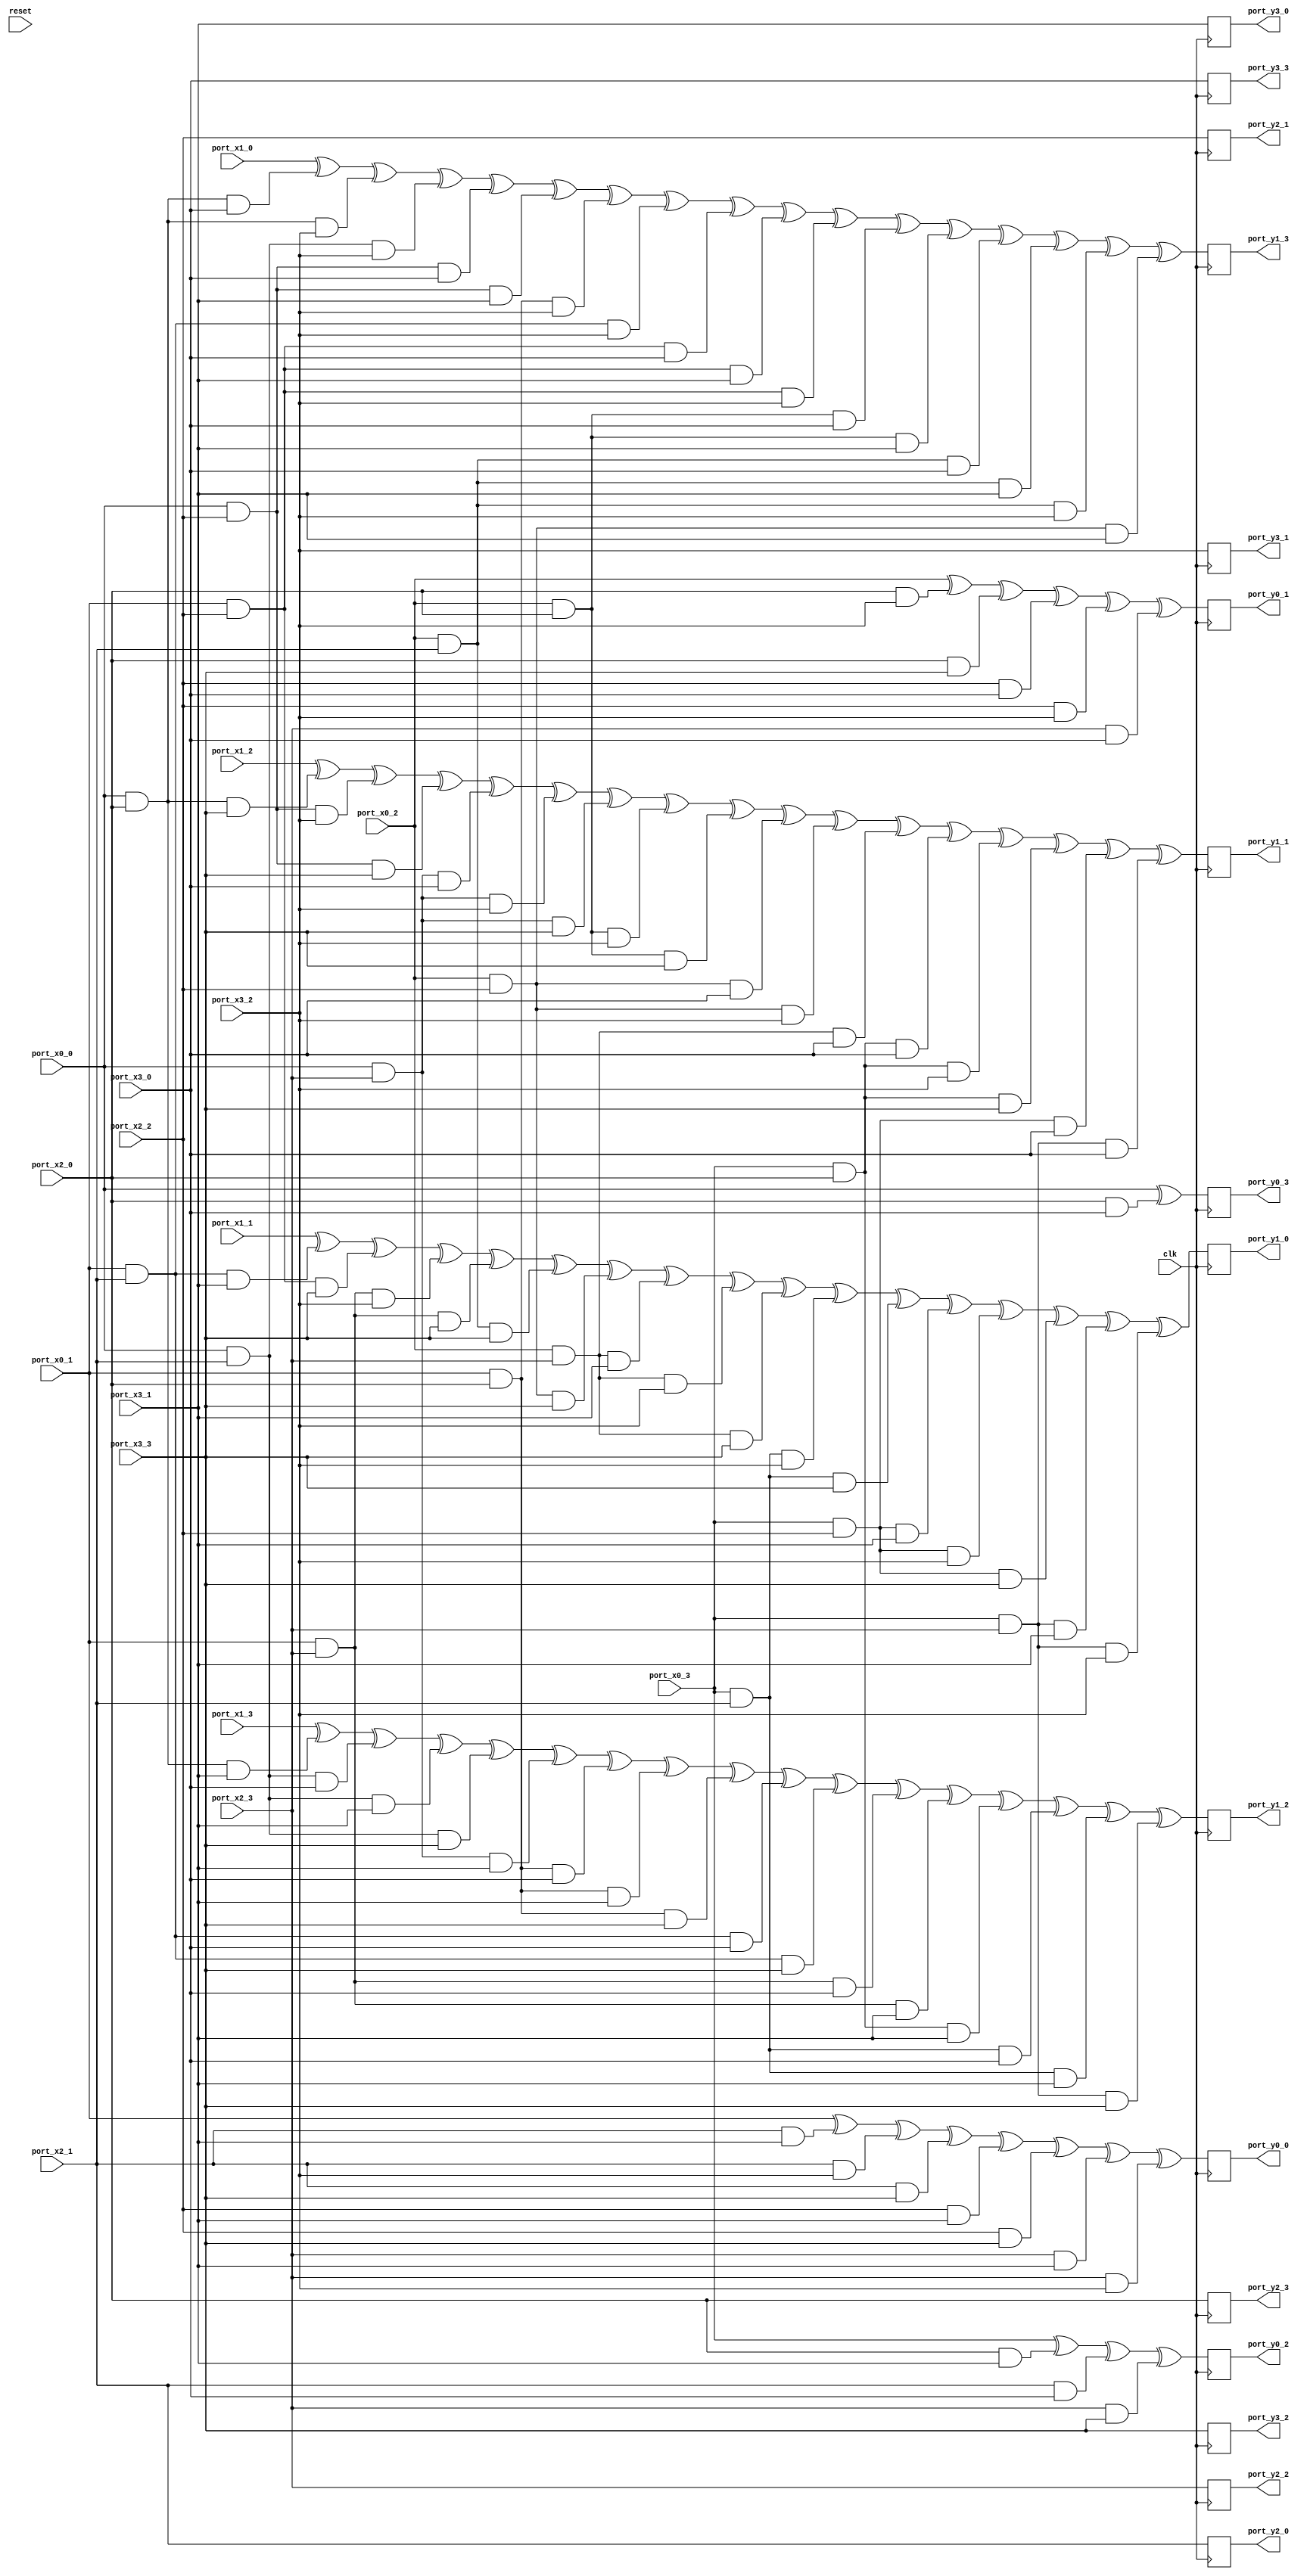
// Generator : SpinalHDL v1.7.3    git head : aeaeece704fe43c766e0d36a93f2ecbb8a9f2003
// Component : Sbox_0123456789ABDEFC_4shares
// Git hash  : db593c14fe8e83f0a4a5d43cf13325e631d65148

`timescale 1ns/1ps

module Sbox_0123456789ABDEFC_4shares (
  input               port_x0_0,
  input               port_x0_1,
  input               port_x0_2,
  input               port_x0_3,
  input               port_x1_0,
  input               port_x1_1,
  input               port_x1_2,
  input               port_x1_3,
  input               port_x2_0,
  input               port_x2_1,
  input               port_x2_2,
  input               port_x2_3,
  input               port_x3_0,
  input               port_x3_1,
  input               port_x3_2,
  input               port_x3_3,
  output              port_y0_0,
  output              port_y0_1,
  output              port_y0_2,
  output              port_y0_3,
  output              port_y1_0,
  output              port_y1_1,
  output              port_y1_2,
  output              port_y1_3,
  output              port_y2_0,
  output              port_y2_1,
  output              port_y2_2,
  output              port_y2_3,
  output              port_y3_0,
  output              port_y3_1,
  output              port_y3_2,
  output              port_y3_3,
  input               clk,
  input               reset
);

  wire                _zz_y1_0;
  wire                _zz_y1_0_1;
  wire                _zz_y1_0_2;
  wire                _zz_y1_0_3;
  wire                _zz_y1_0_4;
  wire                _zz_y1_0_5;
  wire                _zz_y1_1;
  wire                _zz_y1_1_1;
  wire                _zz_y1_1_2;
  wire                _zz_y1_1_3;
  wire                _zz_y1_1_4;
  wire                _zz_y1_2;
  wire                _zz_y1_2_1;
  wire                _zz_y1_2_2;
  wire                _zz_y1_2_3;
  wire                _zz_y1_2_4;
  wire                _zz_y1_3;
  wire                _zz_y1_3_1;
  wire                _zz_y1_3_2;
  reg                 y0_0;
  reg                 y0_1;
  reg                 y0_2;
  reg                 y0_3;
  reg                 y1_0;
  reg                 y1_1;
  reg                 y1_2;
  reg                 y1_3;
  reg                 y2_0;
  reg                 y2_1;
  reg                 y2_2;
  reg                 y2_3;
  reg                 y3_0;
  reg                 y3_1;
  reg                 y3_2;
  reg                 y3_3;

  assign _zz_y1_0 = (((((((_zz_y1_0_1 ^ _zz_y1_0_2) ^ (_zz_y1_0_3 && port_x3_3)) ^ ((port_x0_2 && port_x2_1) && port_x3_3)) ^ ((port_x0_2 && port_x2_2) && port_x3_3)) ^ ((port_x0_2 && port_x2_3) && port_x3_1)) ^ ((port_x0_2 && port_x2_3) && port_x3_2)) ^ ((port_x0_2 && port_x2_3) && port_x3_3));
  assign _zz_y1_0_4 = ((port_x0_3 && port_x2_1) && port_x3_2);
  assign _zz_y1_0_5 = (port_x0_3 && port_x2_1);
  assign _zz_y1_0_1 = ((port_x1_1 ^ ((port_x0_1 && port_x2_1) && port_x3_1)) ^ ((port_x0_1 && port_x2_2) && port_x3_3));
  assign _zz_y1_0_2 = ((port_x0_1 && port_x2_3) && port_x3_2);
  assign _zz_y1_0_3 = (port_x0_1 && port_x2_3);
  assign _zz_y1_1 = ((((((((port_x1_2 ^ _zz_y1_1_1) ^ (_zz_y1_1_2 && port_x3_2)) ^ ((port_x0_0 && port_x2_2) && port_x3_3)) ^ ((port_x0_0 && port_x2_3) && port_x3_0)) ^ ((port_x0_0 && port_x2_3) && port_x3_2)) ^ ((port_x0_0 && port_x2_3) && port_x3_3)) ^ ((port_x0_2 && port_x2_0) && port_x3_2)) ^ ((port_x0_2 && port_x2_0) && port_x3_3));
  assign _zz_y1_1_3 = ((port_x0_2 && port_x2_2) && port_x3_0);
  assign _zz_y1_1_4 = (port_x0_2 && port_x2_2);
  assign _zz_y1_1_1 = ((port_x0_0 && port_x2_0) && port_x3_3);
  assign _zz_y1_1_2 = (port_x0_0 && port_x2_2);
  assign _zz_y1_2 = ((((((((port_x1_3 ^ _zz_y1_2_1) ^ (_zz_y1_2_2 && port_x3_0)) ^ ((port_x0_0 && port_x2_1) && port_x3_1)) ^ ((port_x0_0 && port_x2_1) && port_x3_3)) ^ ((port_x0_0 && port_x2_3) && port_x3_1)) ^ ((port_x0_1 && port_x2_0) && port_x3_0)) ^ ((port_x0_1 && port_x2_0) && port_x3_1)) ^ ((port_x0_1 && port_x2_0) && port_x3_3));
  assign _zz_y1_2_3 = ((port_x0_1 && port_x2_1) && port_x3_0);
  assign _zz_y1_2_4 = (port_x0_1 && port_x2_1);
  assign _zz_y1_2_1 = ((port_x0_0 && port_x2_0) && port_x3_1);
  assign _zz_y1_2_2 = (port_x0_0 && port_x2_1);
  assign _zz_y1_3 = (((((((port_x1_0 ^ ((port_x0_0 && port_x2_0) && port_x3_0)) ^ ((port_x0_0 && port_x2_0) && port_x3_2)) ^ ((port_x0_0 && port_x2_1) && port_x3_2)) ^ ((port_x0_0 && port_x2_2) && port_x3_0)) ^ ((port_x0_0 && port_x2_2) && port_x3_1)) ^ ((port_x0_1 && port_x2_0) && port_x3_2)) ^ ((port_x0_1 && port_x2_1) && port_x3_2));
  assign _zz_y1_3_1 = ((port_x0_1 && port_x2_2) && port_x3_0);
  assign _zz_y1_3_2 = (port_x0_1 && port_x2_2);
  assign port_y0_0 = y0_0;
  assign port_y0_1 = y0_1;
  assign port_y0_2 = y0_2;
  assign port_y0_3 = y0_3;
  assign port_y1_0 = y1_0;
  assign port_y1_1 = y1_1;
  assign port_y1_2 = y1_2;
  assign port_y1_3 = y1_3;
  assign port_y2_0 = y2_0;
  assign port_y2_1 = y2_1;
  assign port_y2_2 = y2_2;
  assign port_y2_3 = y2_3;
  assign port_y3_0 = y3_0;
  assign port_y3_1 = y3_1;
  assign port_y3_2 = y3_2;
  assign port_y3_3 = y3_3;
  always @(posedge clk) begin
    y0_0 <= (((((((port_x0_1 ^ (port_x2_1 && port_x3_1)) ^ (port_x2_1 && port_x3_2)) ^ (port_x2_1 && port_x3_3)) ^ (port_x2_2 && port_x3_1)) ^ (port_x2_2 && port_x3_3)) ^ (port_x2_3 && port_x3_1)) ^ (port_x2_3 && port_x3_2));
    y0_1 <= (((((port_x0_2 ^ (port_x2_0 && port_x3_2)) ^ (port_x2_0 && port_x3_3)) ^ (port_x2_2 && port_x3_0)) ^ (port_x2_2 && port_x3_2)) ^ (port_x2_3 && port_x3_0));
    y0_2 <= (((port_x0_3 ^ (port_x2_0 && port_x3_1)) ^ (port_x2_1 && port_x3_0)) ^ (port_x2_3 && port_x3_3));
    y0_3 <= (port_x0_0 ^ (port_x2_0 && port_x3_0));
    y1_0 <= (((((((_zz_y1_0 ^ _zz_y1_0_4) ^ (_zz_y1_0_5 && port_x3_3)) ^ ((port_x0_3 && port_x2_2) && port_x3_1)) ^ ((port_x0_3 && port_x2_2) && port_x3_2)) ^ ((port_x0_3 && port_x2_2) && port_x3_3)) ^ ((port_x0_3 && port_x2_3) && port_x3_1)) ^ ((port_x0_3 && port_x2_3) && port_x3_2));
    y1_1 <= ((((((((_zz_y1_1 ^ _zz_y1_1_3) ^ (_zz_y1_1_4 && port_x3_2)) ^ ((port_x0_2 && port_x2_3) && port_x3_0)) ^ ((port_x0_3 && port_x2_0) && port_x3_0)) ^ ((port_x0_3 && port_x2_0) && port_x3_2)) ^ ((port_x0_3 && port_x2_0) && port_x3_3)) ^ ((port_x0_3 && port_x2_2) && port_x3_0)) ^ ((port_x0_3 && port_x2_3) && port_x3_0));
    y1_2 <= ((((((((_zz_y1_2 ^ _zz_y1_2_3) ^ (_zz_y1_2_4 && port_x3_3)) ^ ((port_x0_1 && port_x2_3) && port_x3_0)) ^ ((port_x0_1 && port_x2_3) && port_x3_1)) ^ ((port_x0_3 && port_x2_0) && port_x3_1)) ^ ((port_x0_3 && port_x2_1) && port_x3_0)) ^ ((port_x0_3 && port_x2_1) && port_x3_1)) ^ ((port_x0_3 && port_x2_3) && port_x3_3));
    y1_3 <= (((((((((_zz_y1_3 ^ _zz_y1_3_1) ^ (_zz_y1_3_2 && port_x3_1)) ^ ((port_x0_1 && port_x2_2) && port_x3_2)) ^ ((port_x0_2 && port_x2_0) && port_x3_0)) ^ ((port_x0_2 && port_x2_0) && port_x3_1)) ^ ((port_x0_2 && port_x2_1) && port_x3_0)) ^ ((port_x0_2 && port_x2_1) && port_x3_1)) ^ ((port_x0_2 && port_x2_1) && port_x3_2)) ^ ((port_x0_2 && port_x2_2) && port_x3_1));
    y2_0 <= port_x2_1;
    y2_1 <= port_x2_2;
    y2_2 <= port_x2_3;
    y2_3 <= port_x2_0;
    y3_0 <= port_x3_1;
    y3_1 <= port_x3_2;
    y3_2 <= port_x3_3;
    y3_3 <= port_x3_0;
  end


endmodule